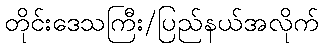
တိုင်းဒေသကြီး/ပြည်နယ်အလိုက်